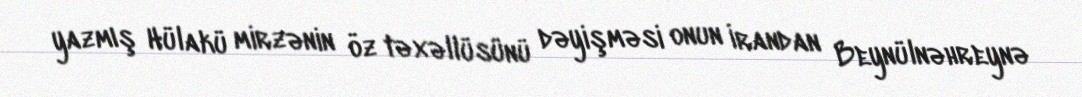
yazmış Hülakü mirzənin öz təxəllüsünü dəyişməsi onun İrandan Beynülnəhreynə